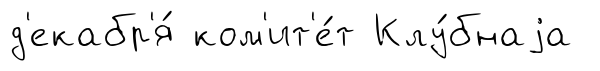
д'екабр'я́ ком'ит'е́т Клу́бнаjа